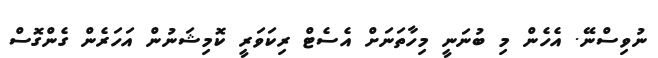
ނުވިސްނޭ. އެހެން މި ބުނަނީ މިހާތަނަށް އެސެޓް ރިކަވަރީ ކޮމިޝަނުން އަހަރެން ގެންގޮސް